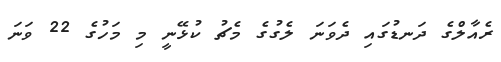
ރެއާލްގެ ދަނޑުގައި ދެވަނަ ލެގުގެ މެޗު ކުޅޭނީ މި މަހުގެ 22 ވަނަ